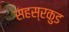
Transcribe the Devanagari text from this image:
सहस्रकुड